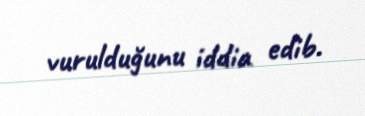
vurulduğunu iddia edib.